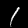
Label: 1